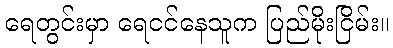
ရေတွင်းမှာ ရေငင်နေသူက ပြည်မိုးငြိမ်း။